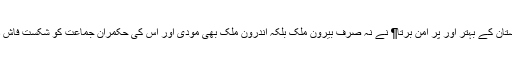
پاکستان کے بہتر اور پر امن برتا¶ نے نہ صرف بیرون ملک بلکہ اندرون ملک بھی مودی اور اس کی حکمران جماعت کو شکست فاش دی۔